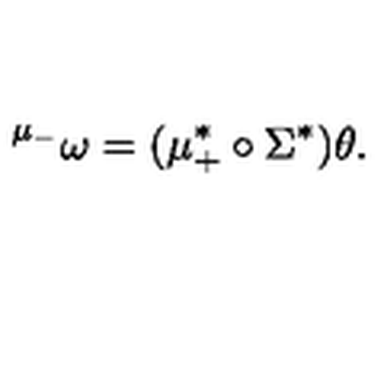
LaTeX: { } ^ { \mu _ { - } } \omega = ( \mu _ { + } ^ { * } \circ \Sigma ^ { * } ) \theta .